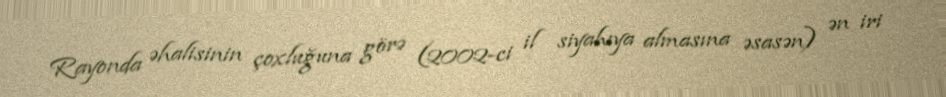
Rayonda əhalisinin çoxluğuna görə (2002-ci il siyahıya almasına əsasən) ən iri